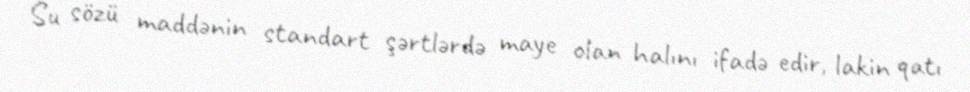
Su sözü maddənin standart şərtlərdə maye olan halını ifadə edir, lakin qatı